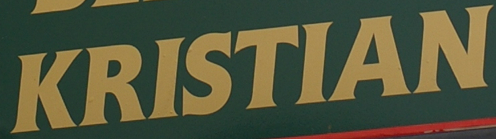
KRISTIAN